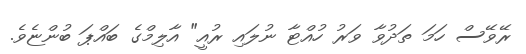
ރޭވޭސް ހަމަ ތަދުވާ ވަރު ހުއްޓާ ނުލައި ރުއީ" އާލިމްގެ ބައްޕަ ބުންޏެވެ.